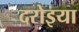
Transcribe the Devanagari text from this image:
दरोइया